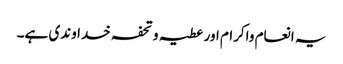
یہ انعام واکرام اور عطیہ و تحفہ خداوندی ہے۔